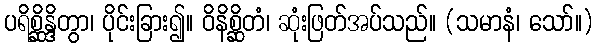
ပရိစ္ဆိန္ဒိတွာ၊ ပိုင်းခြား၍။ ဝိနိစ္ဆိတံ၊ ဆုံးဖြတ်အပ်သည်။ (သမာနံ၊ သော်။)